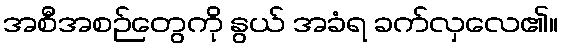
အစီအစဉ်တွေကို နွယ် အခံရ ခက်လှလေ၏။